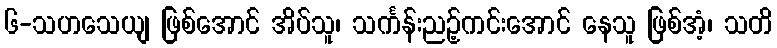
၆-သဟသေယျ ဖြစ်အောင် အိပ်သူ၊ သင်္ကန်းညဉ့်ကင်းအောင် နေသူ ဖြစ်အံ့၊ သတိ